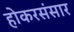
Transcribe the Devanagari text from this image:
होकरसंसार